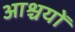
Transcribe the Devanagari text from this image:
आश्चयों